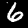
Label: 6